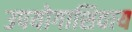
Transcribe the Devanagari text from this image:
उपयोगाशिवाय